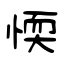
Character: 愞